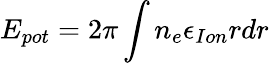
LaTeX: E_{pot}=2\pi\int n_{e}\epsilon_{Ion}rdr